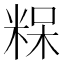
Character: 𮇠